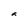
Character: a